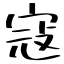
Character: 寇